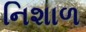
નિશાળ